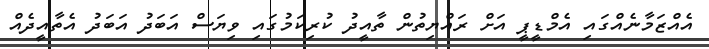
އެއްޒަމާނެއްގައި އެމްޑީޕީ އަށް ރައްޔިތުން ތާއީދު ކުރިކަމުގައި ވިޔަސް އަބަދު އަބަދު އެތާއީދެއް